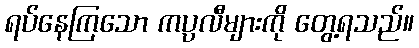
ရပ်နေကြသော ကပ္ပလီများကို တွေ့ရသည်။